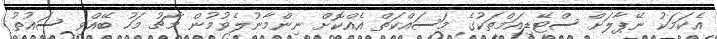
އެކަމަކު ނޭޕާލަށް ސްޓޭޑިއަމްތަކުގެ މަސައްކަތް އެއްކޮށް ނިިންމާނުލެވުމުން މާޗު މަހު ބޭއްވި ސައުތު